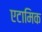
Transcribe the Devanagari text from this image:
एटामिक